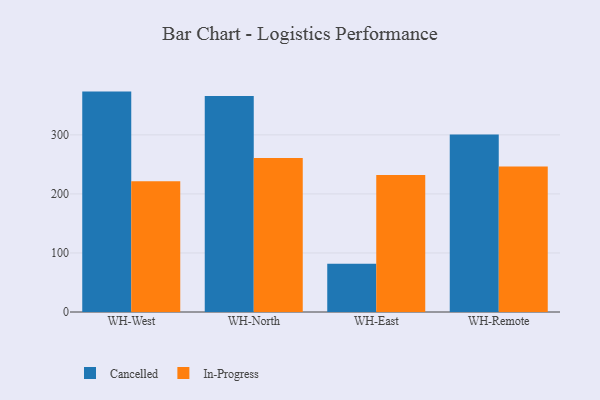
{"axis": {"x": "Warehouse", "y": "Satisfaction Score"}, "legend": ["Cancelled", "In-Progress"], "data": [{"x": "WH-West", "y": 373.3, "type": "Cancelled"}, {"x": "WH-West", "y": 221.3, "type": "In-Progress"}, {"x": "WH-North", "y": 365.7, "type": "Cancelled"}, {"x": "WH-North", "y": 260.7, "type": "In-Progress"}, {"x": "WH-East", "y": 81.6, "type": "Cancelled"}, {"x": "WH-East", "y": 232.0, "type": "In-Progress"}, {"x": "WH-Remote", "y": 300.8, "type": "Cancelled"}, {"x": "WH-Remote", "y": 246.5, "type": "In-Progress"}]}